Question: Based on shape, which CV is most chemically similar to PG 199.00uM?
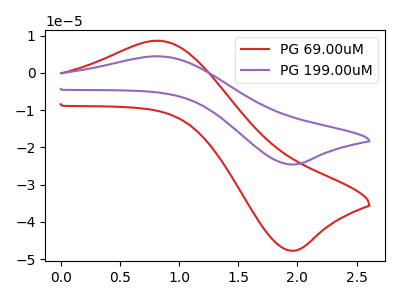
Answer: <think>The red curve "PG 69.00uM" has an anodic peak at (0.80V, 8.65uA) and a cathodic peak at (1.95V, -47.75uA). The purple curve "PG 199.00uM" has an anodic peak at (0.80V, 4.45uA) and a cathodic peak at (1.95V, -24.60uA).
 All the peaks in "PG 69.00uM" have a peak in "PG 199.00uM" at the same potential. Every peak in "PG 69.00uM" is higher than every peak in "PG 199.00uM".</think>
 <answer>The CV with the most similar shape to "PG 69.00uM" is "PG 199.00uM".</answer>
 <eval>"PG 199.00uM"</eval>